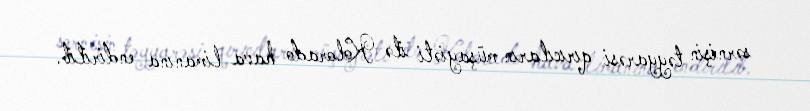
sərnişin təyyarəsi qırıcıların müşayiəti ilə Kolorado hava limanına endirilib.